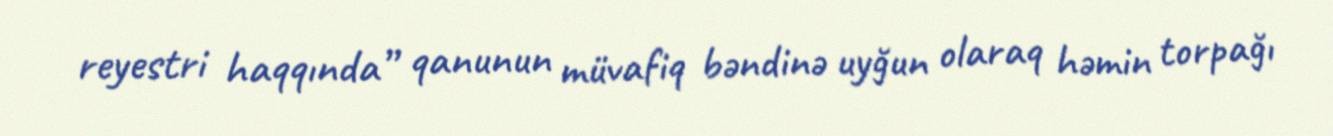
reyestri haqqında” qanunun müvafiq bəndinə uyğun olaraq həmin torpağı